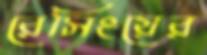
রেসিংয়ের